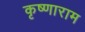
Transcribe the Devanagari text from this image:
कृष्णाराम